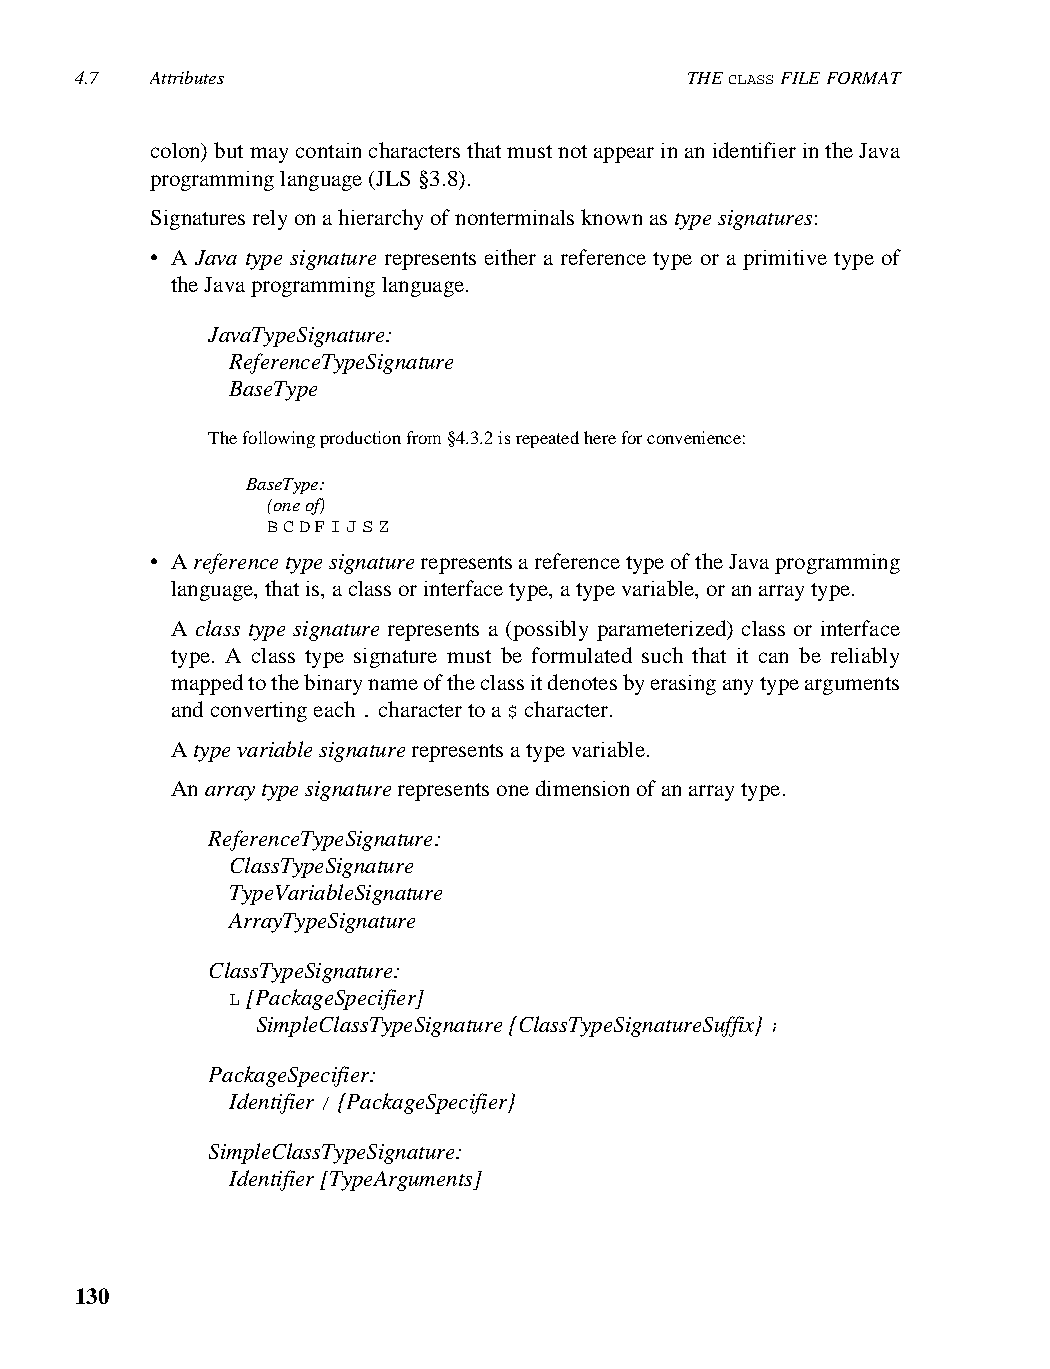
4.7  Attributes                         THE CLASS FILE FORMAT
 colon) but may contain characters that must not appear in an identifier in the Java
 programming language (JLS §3.8).
 Signatures rely on a hierarchy of nonterminals known as type signatures:
 • A Java type signature represents either a reference type or a primitive type of
 the Java programming language.
 JavaTypeSignature:
 ReferenceTypeSignature
 BaseType
 The following production from §4.3.2 is repeated here for convenience:
 BaseType:
 (one of)
 B C D F I J S Z
 • A reference type signature represents a reference type of the Java programming
 language, that is, a class or interface type, a type variable, or an array type.
 A class type signature represents a (possibly parameterized) class or interface
 type. A class type signature must be formulated such that it can be reliably
 mapped to the binary name of the class it denotes by erasing any type arguments
 and converting each . character to a $ character.
 A type variable signature represents a type variable.
 An array type signature represents one dimension of an array type.
 ReferenceTypeSignature:
 ClassTypeSignature
 TypeVariableSignature
 ArrayTypeSignature
 ClassTypeSignature:
 L [PackageSpecifier]
 SimpleClassTypeSignature {ClassTypeSignatureSuffix} ;
 PackageSpecifier:
 Identifier / {PackageSpecifier}
 SimpleClassTypeSignature:
 Identifier [TypeArguments]
 130